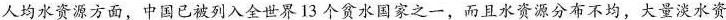
人均水资源方面，中国已被列入全世界13个贫水国家之一，而且水资源分布不均，大量淡水资